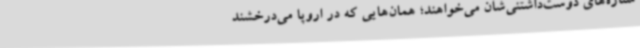
ستاره‌های دوست‌داشتنی‌شان می‌خواهند؛ همان‌هایی که در اروپا می‌درخشند